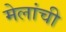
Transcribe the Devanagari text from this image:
मेलांची